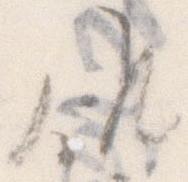
候